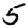
Digit: 5